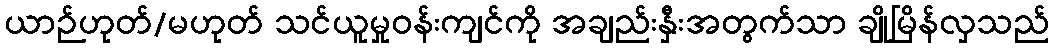
ယာဉ်ဟုတ်/မဟုတ် သင်ယူမှုဝန်းကျင်ကို အချည်းနှီးအတွက်သာ ချိုမြိန်လှသည်